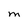
Character: M